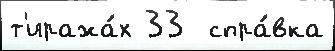
т'иража́х 33  спра́вка